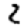
Digit: 2